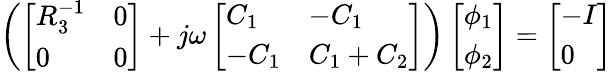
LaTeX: \begin{array}{r}{\left(\left[\begin{array}{ll}{R_{3}^{-1}}&{0}\\ {0}&{0}\end{array}\right]+j\omega\left[\begin{array}{ll}{C_{1}}&{-C_{1}}\\ {-C_{1}}&{C_{1}+C_{2}}\end{array}\right]\right)\left[\begin{array}{l}{\phi_{1}}\\ {\phi_{2}}\end{array}\right]=\left[\begin{array}{l}{-I}\\ {0}\end{array}\right]}\end{array}